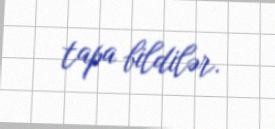
tapa bildilər.